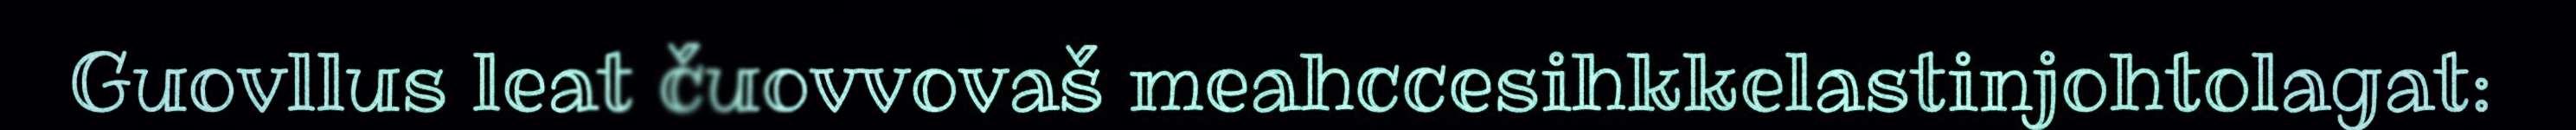
Guovllus leat čuovvovaš meahccesihkkelastinjohtolagat: